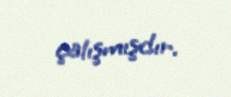
çalışmışdır.